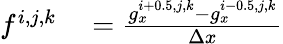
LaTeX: \begin{array}{rl}{f^{i,j,k}}&{{}=\frac{g_{x}^{i+0.5,j,k}-g_{x}^{i-0.5,j,k}}{\Delta x}}\end{array}